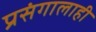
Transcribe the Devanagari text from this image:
प्रसंगालाही